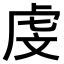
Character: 𪪐